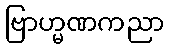
ဗြာဟ္မဏကညာ